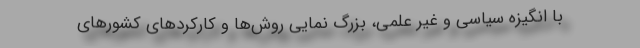
با انگیزه سیاسی و غیر علمی، بزرگ نمایی روش‌ها و کارکردهای کشورهای